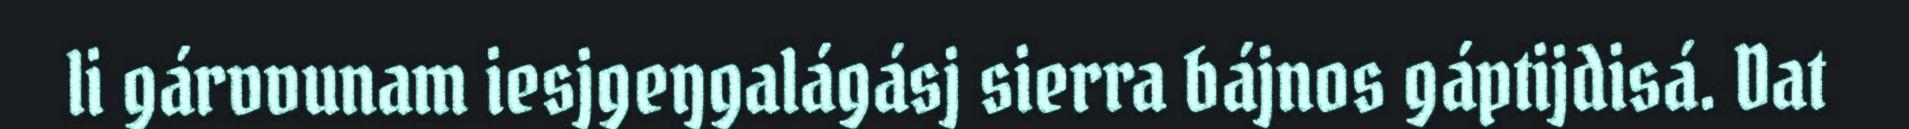
li gárvvunam iesjgeŋgalágásj sierra bájnos gáptijdisá. Dat